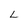
Character: L